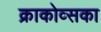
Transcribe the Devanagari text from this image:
क्राकोव्सका